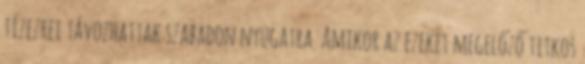
tízezrei távozhattak szabadon nyugatra. Amikor az ezeket megelőző titkos